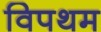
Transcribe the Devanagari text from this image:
विपथम